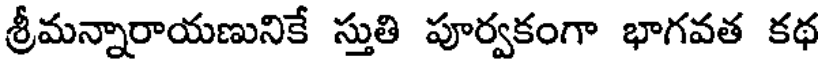
శ్రీమన్నారాయణునికే స్తుతి పూర్వకంగా భాగవత కథ